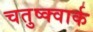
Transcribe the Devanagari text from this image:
चतुष्क्वार्क